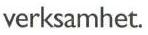
verksamhet.